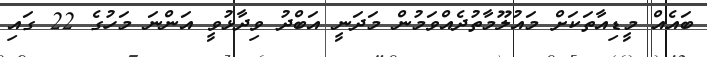
ބައެއް މީޑިއާތަކަށް މައުލޫމާތުދެއްވަމުން މަދަނީ އަބްދު ވިދާޅުވީ އަންނަ މަހުގެ 22 ގައި